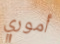
أموري